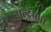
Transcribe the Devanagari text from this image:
बाल्दस्सारे